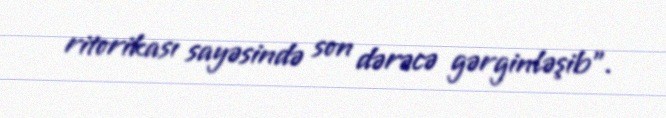
ritorikası sayəsində son dərəcə gərginləşib”.